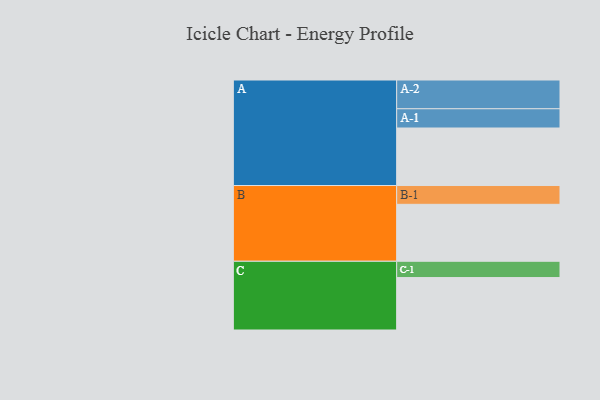
{"axis": {"x": "Segment", "y": "Value"}, "legend": ["", "A", "B", "C"], "data": [{"x": "A", "y": 508, "type": ""}, {"x": "B", "y": 503, "type": ""}, {"x": "C", "y": 463, "type": ""}, {"x": "A-1", "y": 170, "type": "A"}, {"x": "A-2", "y": 254, "type": "A"}, {"x": "B-1", "y": 166, "type": "B"}, {"x": "C-1", "y": 144, "type": "C"}]}